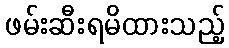
ဖမ်းဆီးရမိထားသည့်